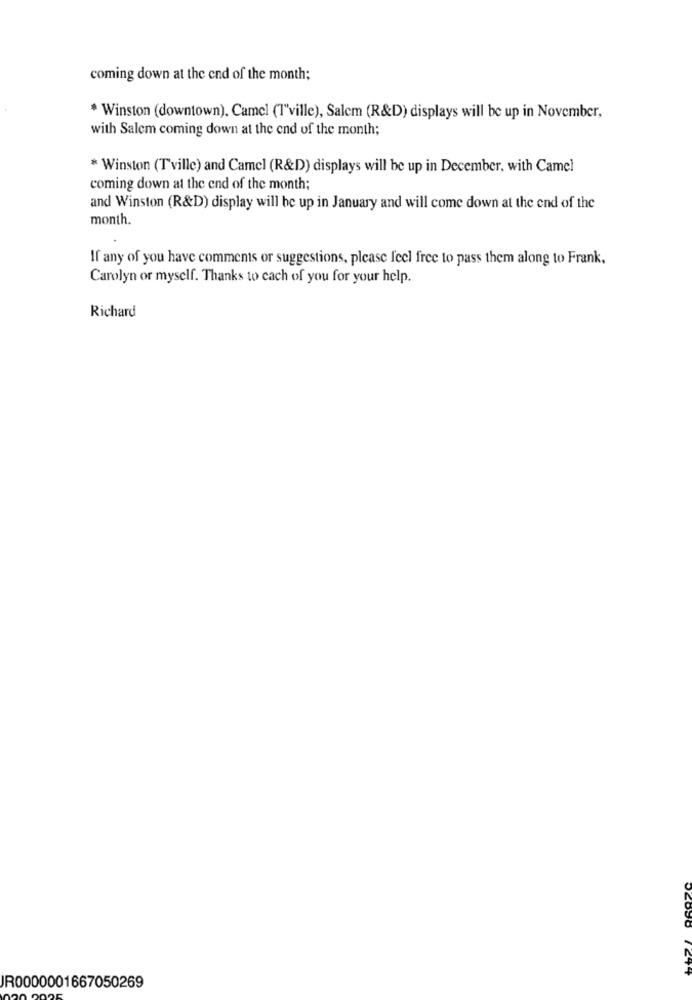
coming down at the end of the month;
* Winston (downtown), Camel (1"ville), Salem (R&D) displays will be up in November,
with Salem coming down at the end of the month;
* Winston (Tville) and Camel (R&D) displays will be up in December, with Camel
coming down at the end of the month;
and Winston (R&D) display will be up in January and will come down at the end of the
month.
If any of you have comments or suggestions, please feel free to pass them along to Frank.
Carolyn or myself. Thanks to cach of you for your help.
Richard
JR0000001667050269